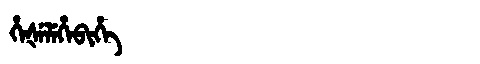
Manchu: ᡥᡝᡧᡝᠯᡝᡥᡝᠪᡳᡥᡝ
Romanization: HEŠELEHEBIHE